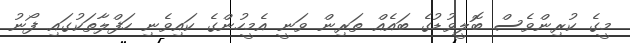
މީގެ ކުރިންވެސް ބޮލީވުޑުގެ ބައެއް ތަރިން ވަނީ އެމީހުންގެ ކައިވެނި ހަފްލާތަކުގައި ފޯނު